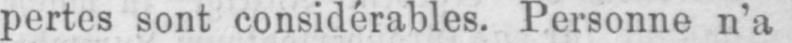
pertes sont considérables. Personne n’a